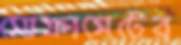
সোফাসেটের